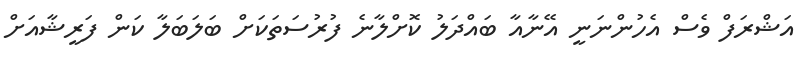
އަޝްރަފް ވެސް އެހުންނަނީ އޭނާއާ ބައްދަލު ކޮށްލާނެ ފުރުސަތަކަށް ބަލަބަލާ ކަން ފަރީޝާއަށް